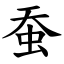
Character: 蚕